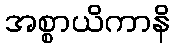
အစ္စာယိကာနိ